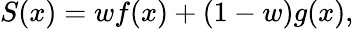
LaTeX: \begin{array}{r}{S(x)=wf(x)+(1-w)g(x),}\end{array}